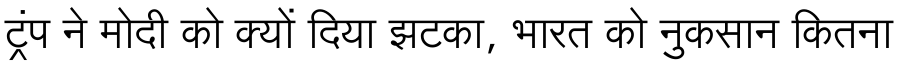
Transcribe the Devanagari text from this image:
ट्रंप ने मोदी को क्यों दिया झटका, भारत को नुकसान कितना